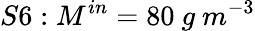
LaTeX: S6:M^{in}=80\ g\ m^{-3}